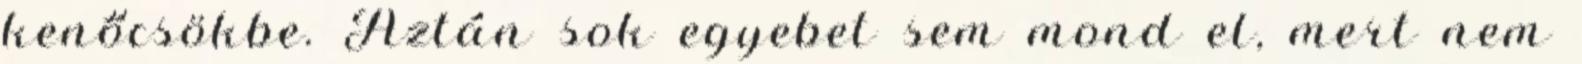
kenőcsökbe. Aztán sok egyebet sem mond el, mert nem